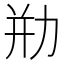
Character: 㔙